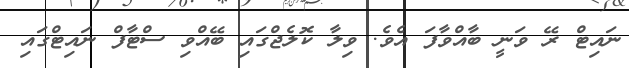
ނައިޓް ރޭ ވަނީ ބާއްވާފަ އެވެ. ވިލާ ކޮލެޖްގައި ބޭއްވި ސްޓާފް ނައިޓްގައި